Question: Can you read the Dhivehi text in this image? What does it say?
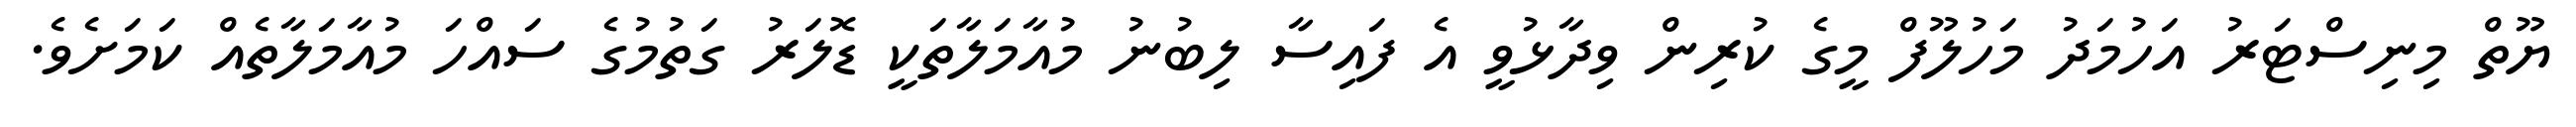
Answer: ޔޫތް މިނިސްޓަރު އަހުމަދު މަހުލޫފް މީގެ ކުރިން ވިދާޅުވީ އެ ފައިސާ ލިބުނު މުއާމަލާތަކީ ޑޮލަރު ގަތުމުގެ ސައްހަ މުއާމަލާތެއް ކަމަށެވެ.